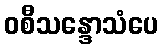
ဝစီသန္ဒောသံပေ